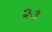
૨૩